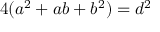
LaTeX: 4 ( a ^ { 2 } + a b + b ^ { 2 } ) = d ^ { 2 }